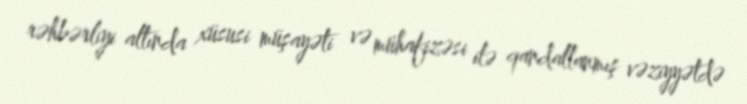
rəhbərliyi altında xüsusi müşayəti və mühafizəsi ilə qandallanmış vəziyyətdə